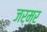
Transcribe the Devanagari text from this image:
जर्मर